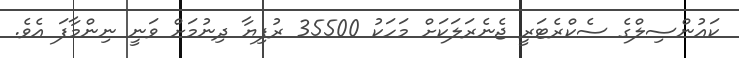
ކައުންސިލްގެ ސެކްރެޓަރީ ޖެނެރަލަކަށް މަހަކު 35500 ރުފިޔާ ދިނުމަށް ވަނީ ނިންމާފަ އެވެ.